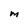
Character: m